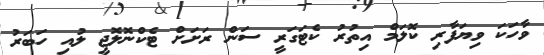
ވާހަކަ ވިޔަފާރި ކޮލަމް އިތުރު ކެޓަގަރީ ސަން ރަށަށް ޓެކްނޮލޮޖީ ލުއި ހަބަރު